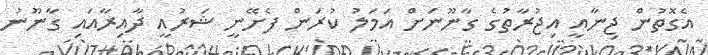
އެގޮތުން ޖިނާއީ އިޖުރާތުގެ ގާނޫނަށް އަމަލު ކުރަން ފެށޭނީ ޝަރުއީ ދާއިރާއައި ގާނޫނު